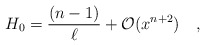
\begin{align*}H_0=\frac{(n-1)}{\ell}+{\cal O}(x^{n+2}) \quad ,\end{align*}